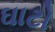
ઘાટો